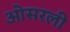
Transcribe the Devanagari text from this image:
ओसरली